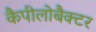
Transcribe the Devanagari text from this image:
कैपीलोबैक्टर